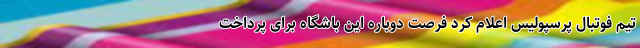
تیم فوتبال پرسپولیس اعلام کرد فرصت دوباره این باشگاه برای پرداخت